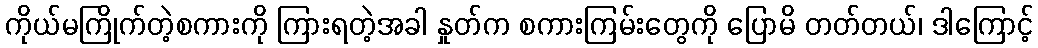
ကိုယ်မကြိုက်တဲ့စကားကို ကြားရတဲ့အခါ နှုတ်က စကားကြမ်းတွေကို ပြောမိ တတ်တယ်၊ ဒါကြောင့်